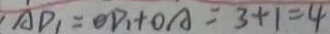
\cdot A D _ { 1 } = O D _ { 1 } + O A = 3 + 1 = 4